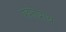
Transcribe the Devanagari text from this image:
पर्वतप्राय